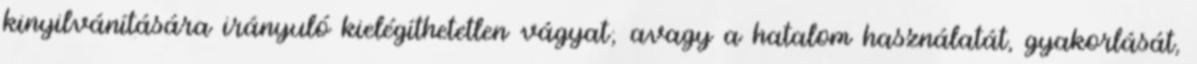
kinyilvánítására irányuló kielégíthetetlen vágyat; avagy a hatalom használatát, gyakorlását,